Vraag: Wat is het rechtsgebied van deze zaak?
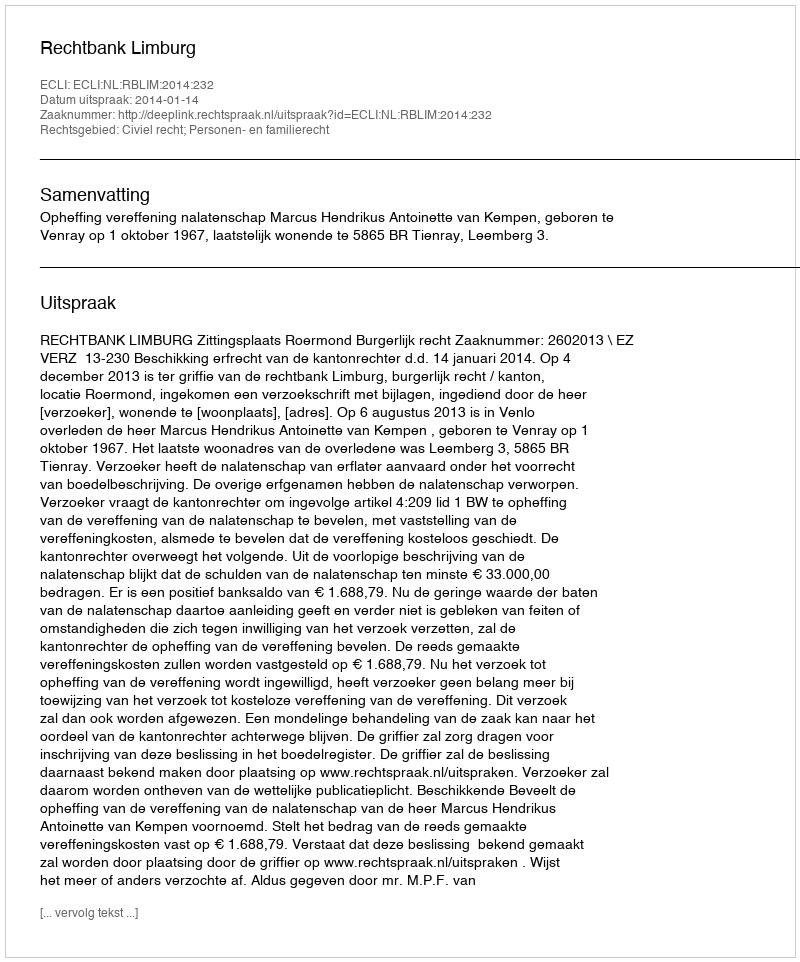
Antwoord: Civiel recht; Personen- en familierecht